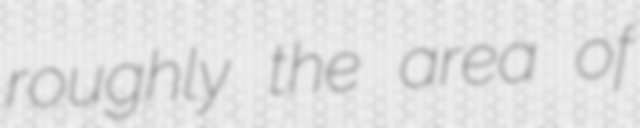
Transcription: roughly the area of